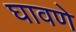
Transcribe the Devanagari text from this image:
घावणे